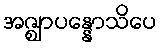
အဇ္ဈာပန္နောသိပေ